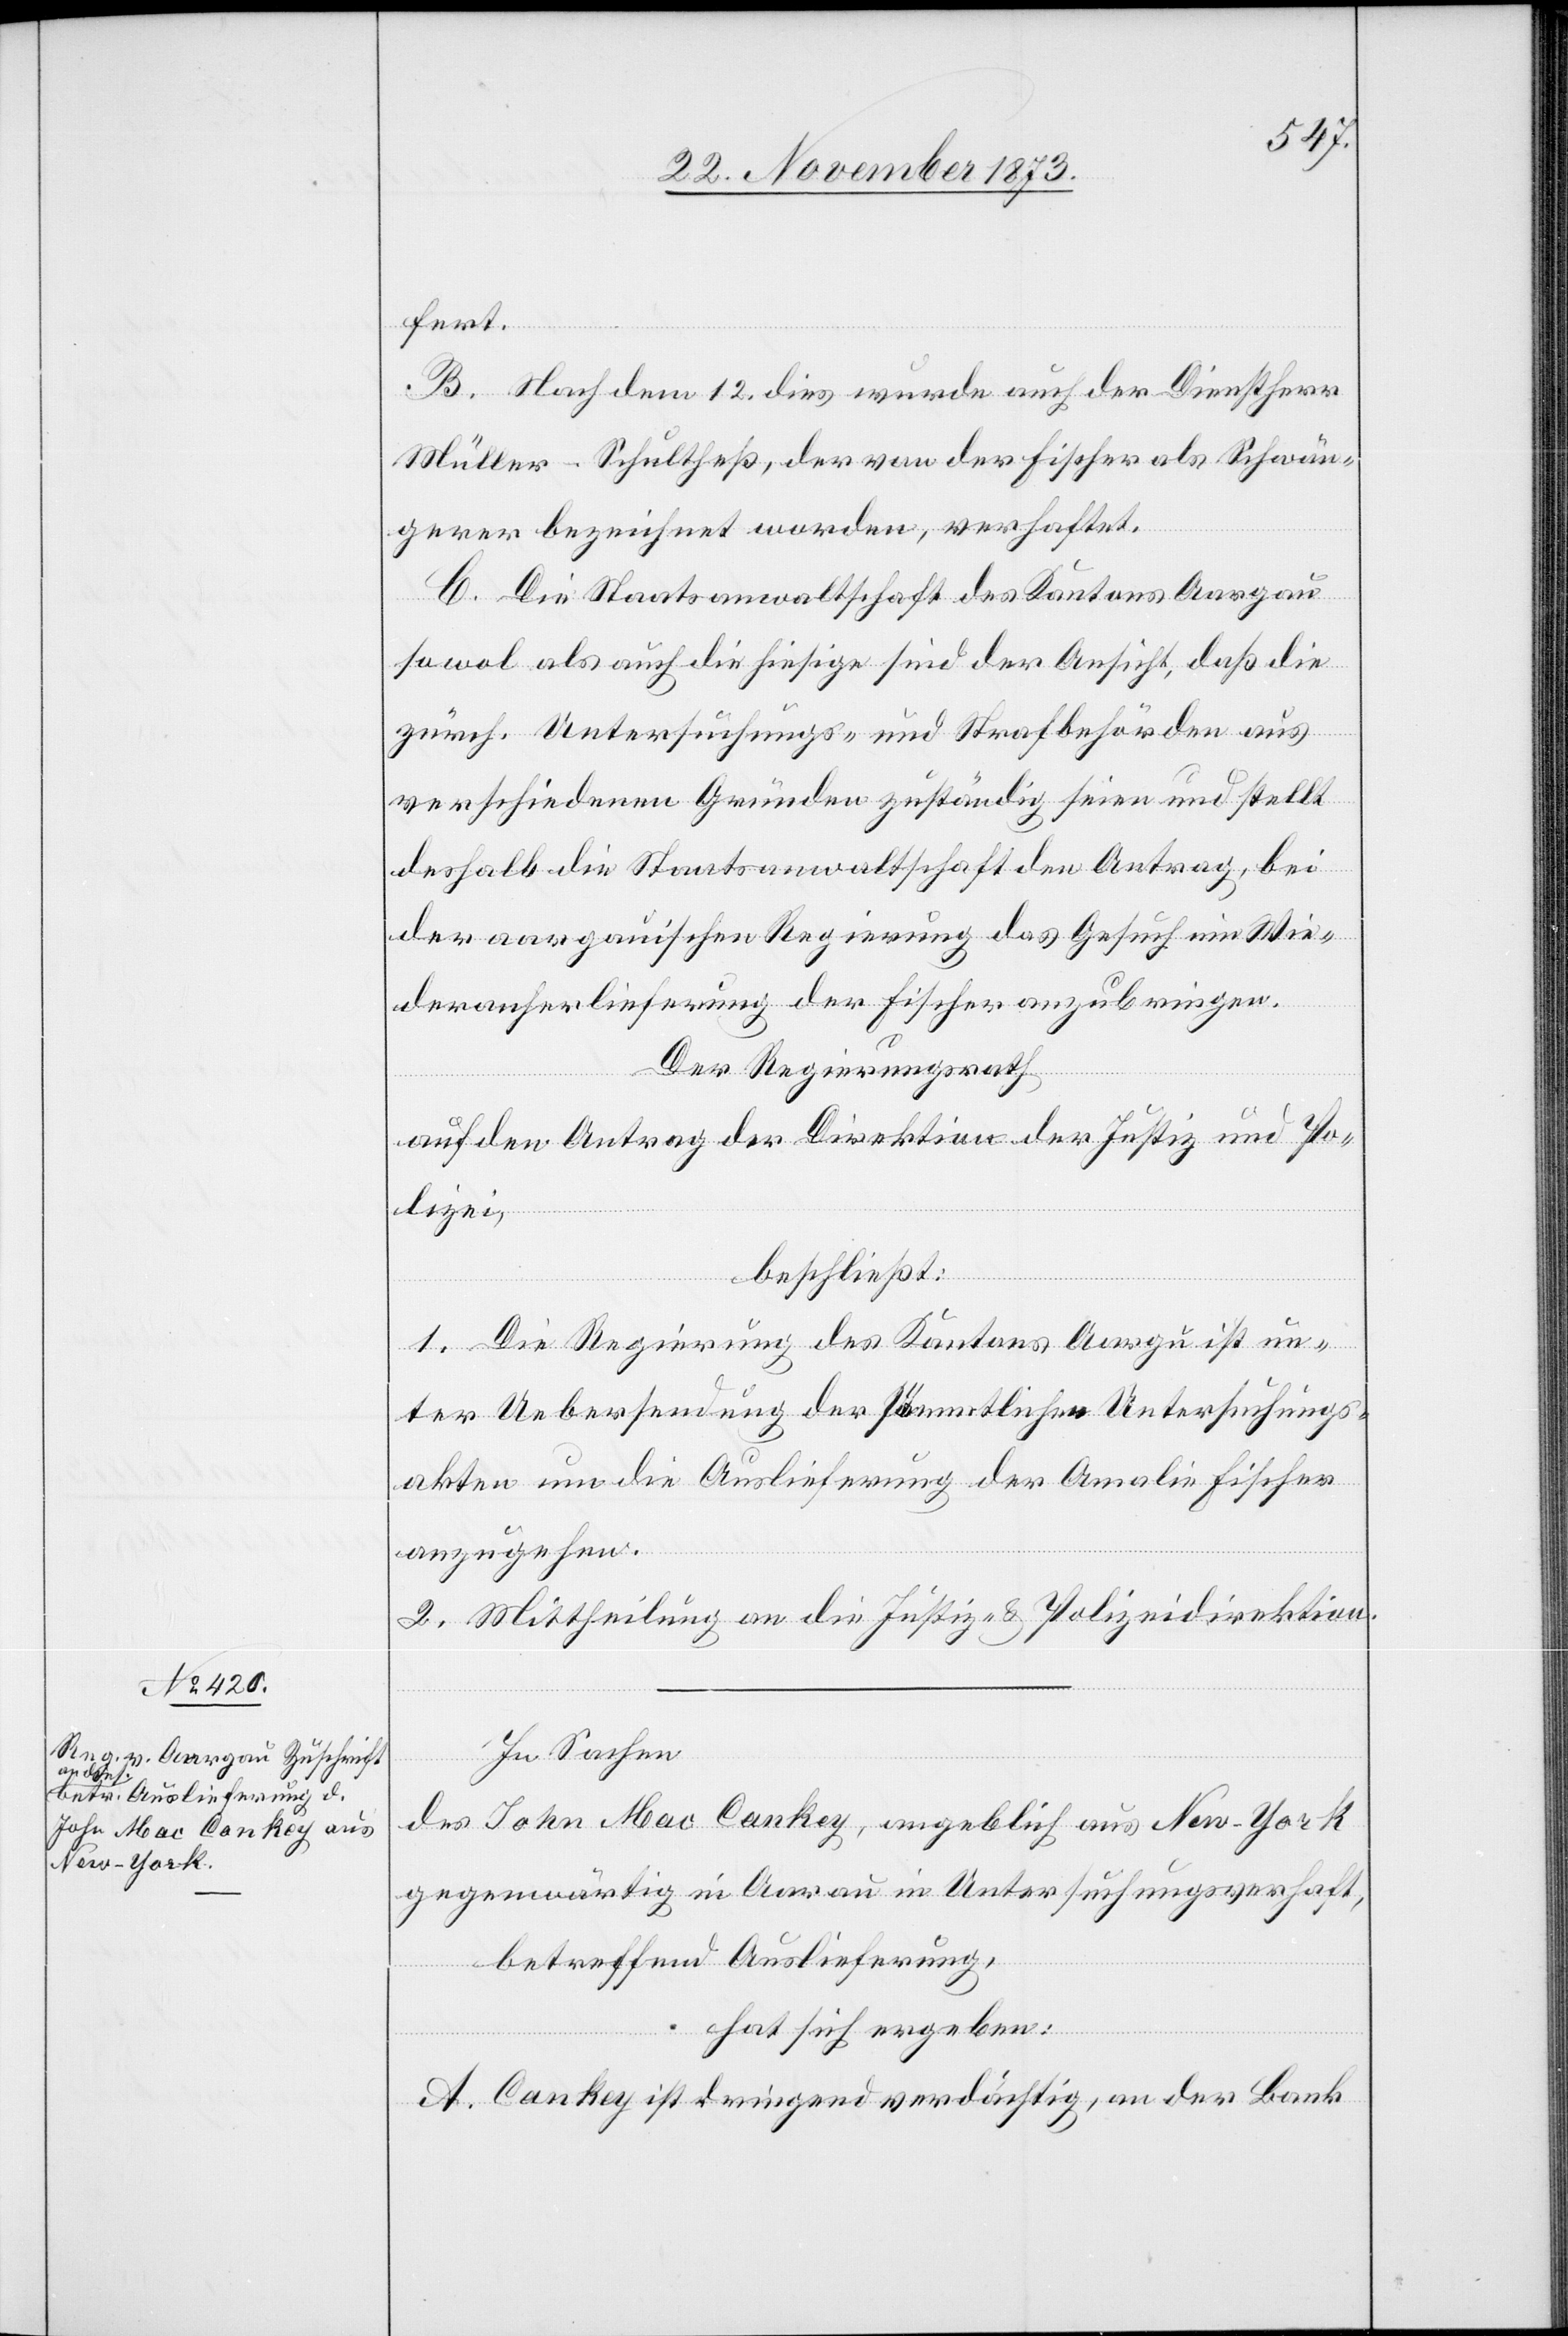
22. November 1873.]
fert.
B. Nach dem 12. dies wurde auch der Dienstherr
Müller-Schultheß, der von der Fischer als Schwän¬
gerer bezeichnet worden, verhaftet.
C. Die Staatsanwaltschaft des Kantons Aargau
sowol als auch die hiesige sind der Ansicht, daß die
zürch. Untersuchungs- und Strafbehörden aus
verschiedenen Gründen zuständig seien und stellt
deshalb die Staatsanwaltschaft den Antrag, bei
der aargauischen Regierung das Gesuch um Wie¬
deranherlieferung der Fischer anzubringen.
Der Regierungsrath
auf den Antrag der Direktion der Justiz und Po¬
lizei,
beschließt:
1. Die Regierung des Kantons Aarg[a]u ist un¬
ter Uebersendung der sämmtlichen Untersuchungs¬
akten um die Auslieferung der Amalie Fischer
anzugehen.
2. Mittheilung an die Justiz- & Polizeidirektion.
In Sachen
des John Mac Cankey [sic!], angeblich aus New-York
gegenwärtig in Aarau in Untersuchungsverhaft,
betreffend Auslieferung,
hat sich ergeben:
A. Cankey ist dringend verdächtig, an der Bank